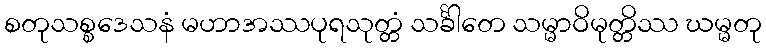
စတုသစ္စဒေသနံ မဟာအဿပုရသုတ္တံ သင်္ခါတေ သမ္မာဝိမုတ္တိဿ ဃမ္မတု